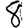
Digit: 8